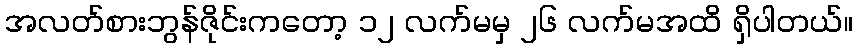
အလတ်စားဘွန်ဇိုင်းကတော့ ၁၂ လက်မမှ ၂၆ လက်မအထိ ရှိပါတယ်။